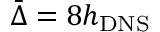
\bar { \Delta } = 8 h _ { \mathrm { { D N S } } }